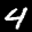
Label: 4